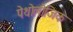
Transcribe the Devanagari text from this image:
पेथोलोजिक